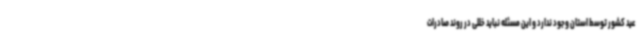
عید کشور توسط استان وجود ندارد و این مسئله نباید خللی در روند صادرات